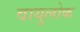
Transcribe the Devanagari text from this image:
वायुलोक